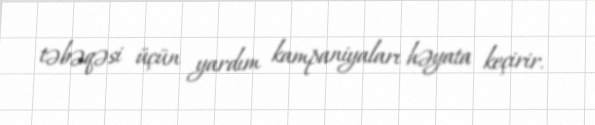
təbəqəsi üçün yardım kampaniyaları həyata keçirir.